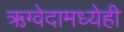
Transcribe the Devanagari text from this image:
ऋग्वेदामध्येही